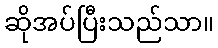
ဆိုအပ်ပြီးသည်သာ။